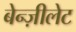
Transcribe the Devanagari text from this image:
बेन्ज़ीलेट